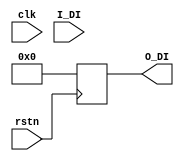
module SIGN_EXTEND#(
	parameter I_DWIDTH=12,
	parameter O_DWIDTH=32
)(
	input  wire clk,
	input  wire rstn,
	input wire [I_DWIDTH-1:0]  I_DI,
	output reg [O_DWIDTH-1:0] O_DI
);

always @(posedge rstn) begin
		O_DI=32'b0;
end
always @(*) begin  //clk or *
	O_DI[O_DWIDTH-1:0]<={{(O_DWIDTH-I_DWIDTH){I_DI[I_DWIDTH-1]}},I_DI};
end

endmodule // SIGN_EXTEND